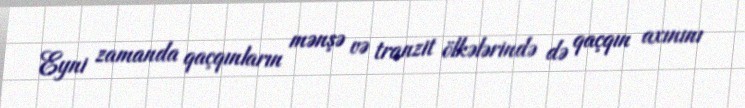
Eyni zamanda qaçqınların mənşə və tranzit ölkələrində də qaçqın axınını